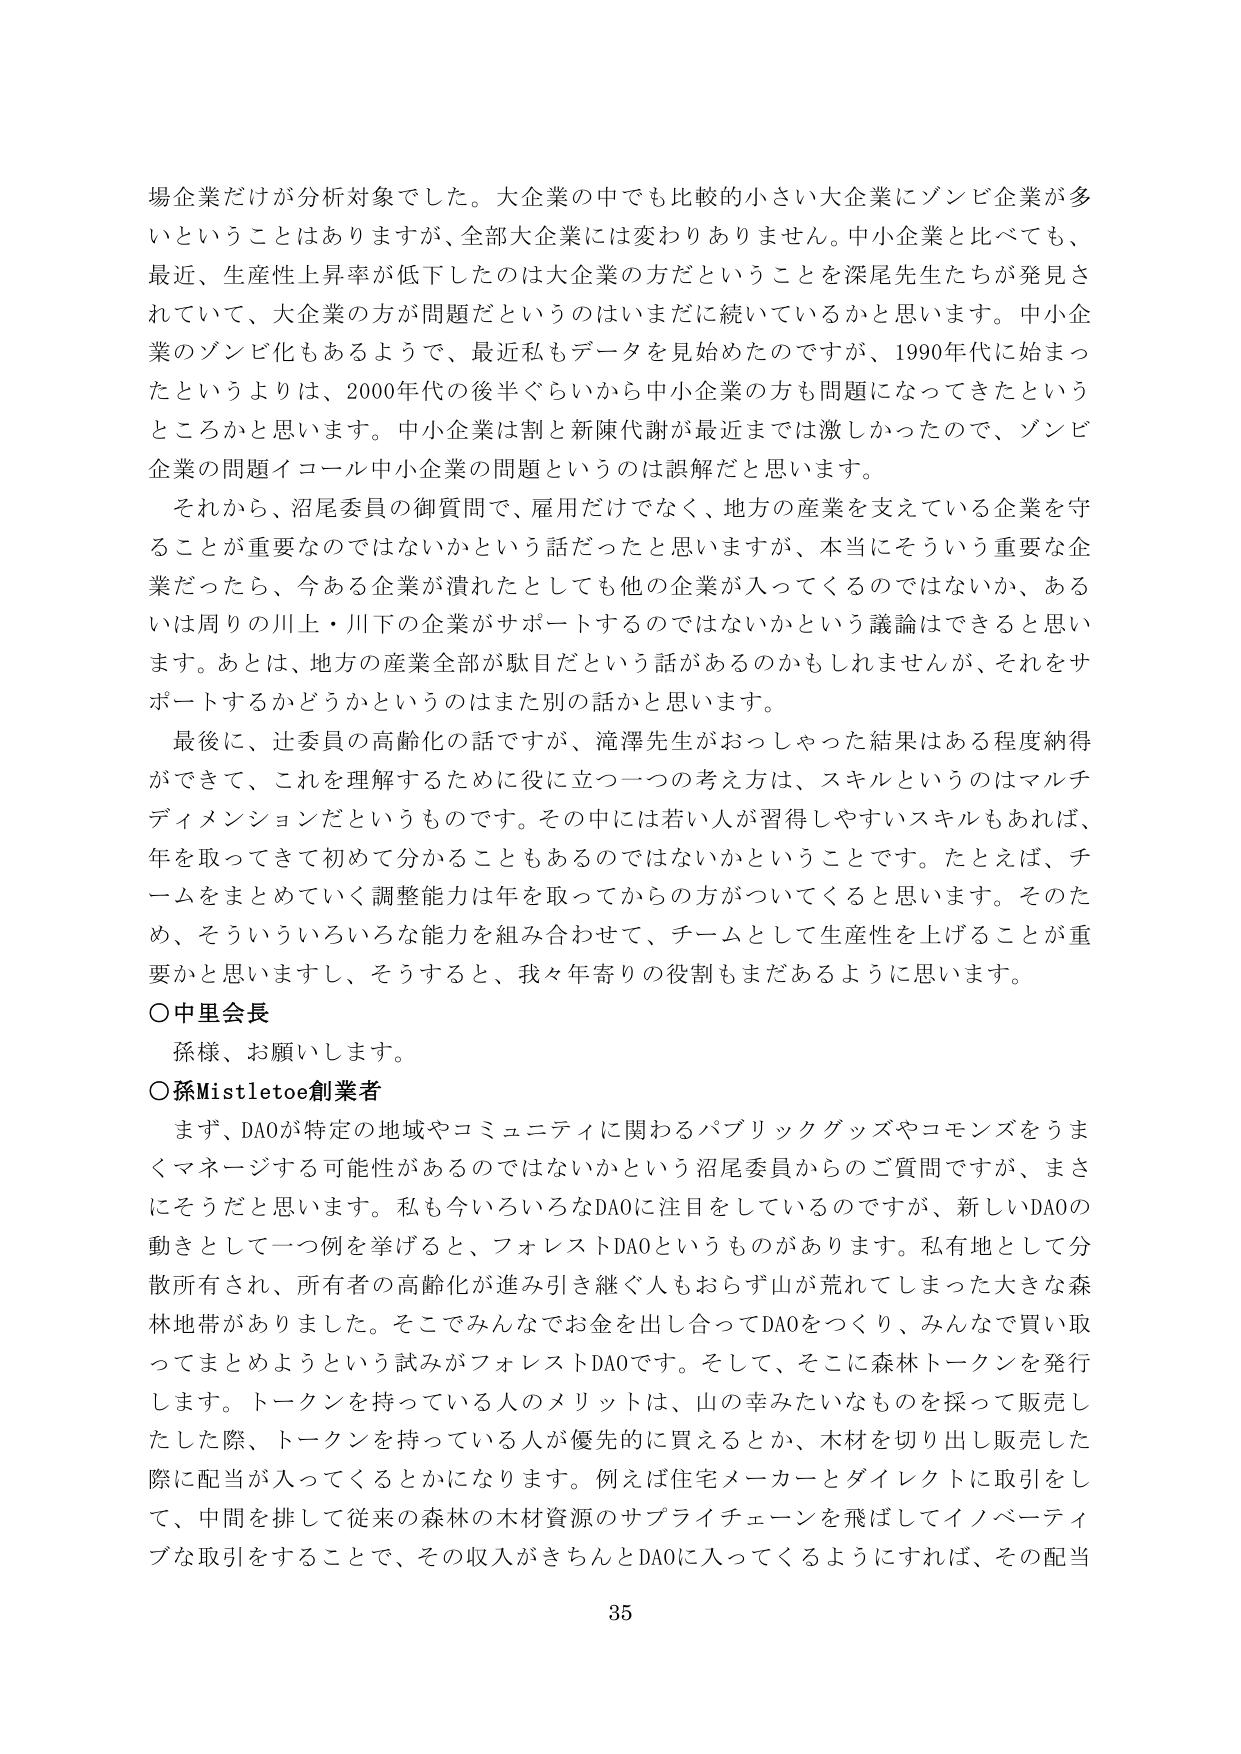
場企業だけが分析対象でした。大企業の中でも比較的小さい大企業にゾンビ企業が多いということはありますが、全部大企業には変わりありません。中小企業と比べても、最近、生産性上昇率が低下したのは大企業の方だということを深尾先生たちが発見されていて、大企業の方が問題だというのはまだに続いているかと思います。中小企業のゾンビ化もあるようで、最近私もデータを見始めたのですが、1990年代に始まったというよりは、2000年代の後半ぐらいから中小企業の方も問題になってきたというところかと思います。中小企業は制と新陳代謝が最近までは激しかったので、ゾンビ企業の問題イコール中小企業の問題というのは誤解だと思います。

それから、沼尾委員の御質問で、雇用だけでなく、地方の産業を支えている企業を守ることが重要なのではないかという話だったと思いますが、本当にそういう重要な企業だったら、今ある企業が潰れたとしても他の企業が入ってくるのではないか、あるいは周りの川上・川下の企業がサポートするのではないかという議論はできると思います。あとは、地方の産業全部が駄目だという話があるのかもしれませんが、それをサポートするかどうかというのはまた別の話かと思います。

最後に、辻委員の高齢化の話ですが、滝澤先生がおっしゃった結果はある程度納得ができて、これを理解するために役に立つ一つの考え方は、スキルというのはマルチディメンションだというものです。その中には若い人が習得しやすいスキルもあれば、年を取ってきて初めて分かることもあるのではないかということです。たとえば、チームをまとめていく調整能力は年を取ってからの方がついてくると思います。そのため、そういういろいろな能力を組み合わせて、チームとして生産性を上げることが重要かと思いますし、そうすると、我々年寄りの役割もまだあるように思います。

○中里会長
孫様、お願いします。

○孫Mistletoe創業者
まず、DAOが特定の地域やコミュニティに関わるパブリックグッズやコモンズをうまくマネージする可能性があるのではないかという沼尾委員からのご質問ですが、まさにそうだと思います。私も今いろいろなDAOに注目しているのですが、新しいDAOの動きとして一つ例を挙げると、フォレストDAOというものがあります。私有地として分散所有され、所有者の高齢化が進み引き継ぐ人もおらず山が荒れてしまった大きな森林地帯がありました。そこでみんなでお金を出し合ってDAOをつくり、みんなで買い取ってまとめようという試みがフォレストDAOです。そして、そこに森林トークンを発行します。トークンを持っている人のメリットは、山の幸みたいなものを採って販売したした際、トークンを持っている人が優先的に買えるとか、木材を切り出し販売した際に配当が入ってくるとかになります。例えば住宅メーカーとダイレクトに取引をして、中間を排して従来の森林の木材資源のサプライチェーンを飛ばしてイノベーティブな取引をすることで、その収入がきちんとDAOに入ってくるようにすれば、その配当

35